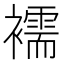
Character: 襦